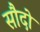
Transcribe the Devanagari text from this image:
सौदो